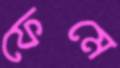
ফেমে